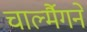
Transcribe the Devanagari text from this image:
चार्ल्मैगने